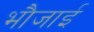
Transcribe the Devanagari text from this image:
भौजाई